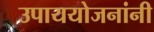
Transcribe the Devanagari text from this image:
उपाययोजनांनी